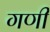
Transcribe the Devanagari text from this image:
गणीं